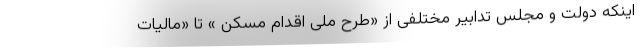
اینکه دولت و مجلس تدابیر مختلفی از «طرح ملی اقدام مسکن » تا «مالیات